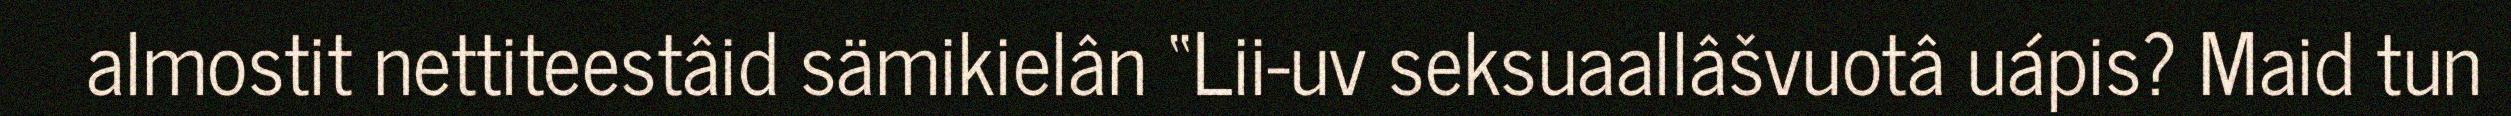
almostit nettiteestâid sämikielân “Lii-uv seksuaallâšvuotâ uápis? Maid tun